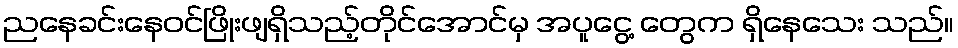
ညနေခင်းနေဝင်ဖြိုးဖျရှိသည့်တိုင်အောင်မှ အပူငွေ့ တွေက ရှိနေသေး သည်။